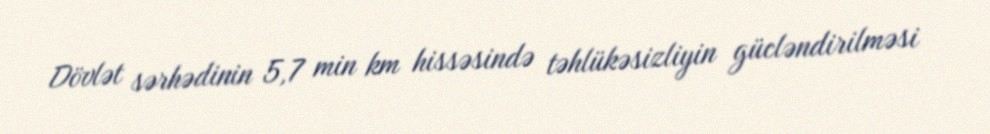
Dövlət sərhədinin 5,7 min km hissəsində təhlükəsizliyin gücləndirilməsi